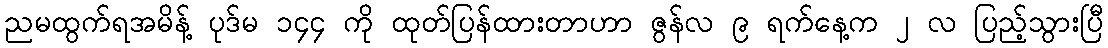
ညမထွက်ရအမိန့် ပုဒ်မ ၁၄၄ ကို ထုတ်ပြန်ထားတာဟာ ဇွန်လ ၉ ရက်နေ့က ၂ လ ပြည့်သွားပြီ